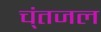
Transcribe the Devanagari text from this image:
च्ंतजल